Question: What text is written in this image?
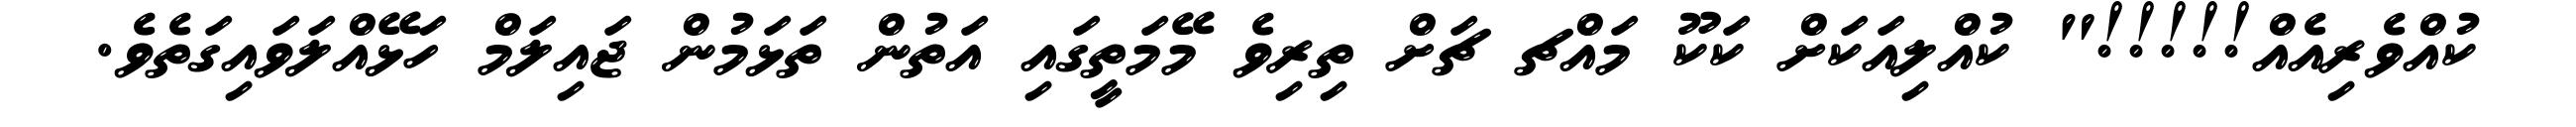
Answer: ކުއްވެރިއެއް!!!!!" ކުއްލިއަކަށް ކަކޫ މައްޗ ޗަށް ތިރިވެ މޭމަތީގައި އަތުން ތަޅަމުން ޖައިލަމް ހަޅޭއްލަވައިގަތެވެ.